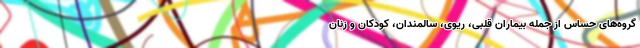
گروه‌های حساس از جمله بیماران قلبی، ریوی، سالمندان، کودکان و زنان